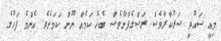
މިއީ ސައުދީ ސަރުކާރާވެސް ރަސްގެފާނާވެސް ބެހޭ ކަމެއް ނޫން ކަމަށެވެ. އެންމެ ފަހުގެ